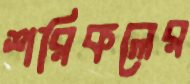
শরিকলের